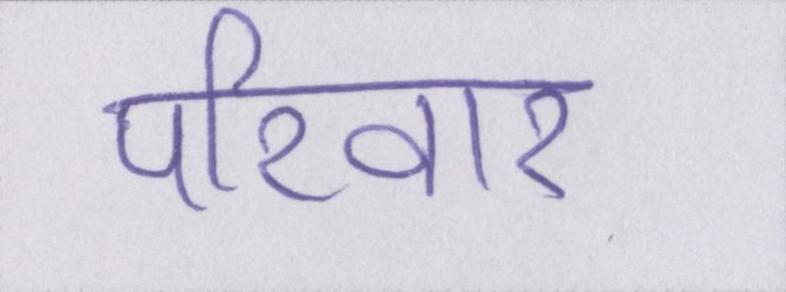
परिवार